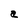
Character: a